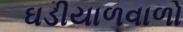
ઘડીયાળવાળો